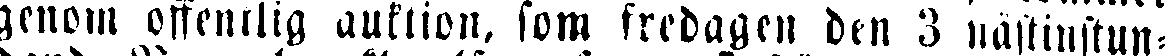
genom offentlig auktion, som fredagen den 3 nästinstun-